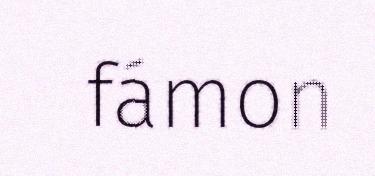
fámon